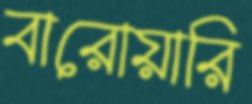
বারোয়ারি